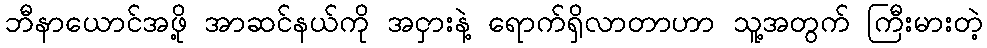
ဘီနာယောင်အဖို့ အာဆင်နယ်ကို အငှားနဲ့ ရောက်ရှိလာတာဟာ သူ့အတွက် ကြီးမားတဲ့